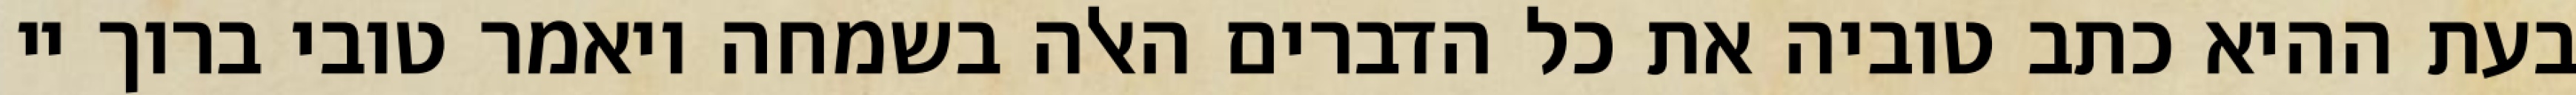
בעת ההיא כתב טוביה את כל הדברים האלה בשמחה ויאמר טובי ברוך יי